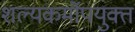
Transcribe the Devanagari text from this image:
शल्यकर्मोपयुक्त